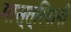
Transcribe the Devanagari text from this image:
मास्त्रियानी